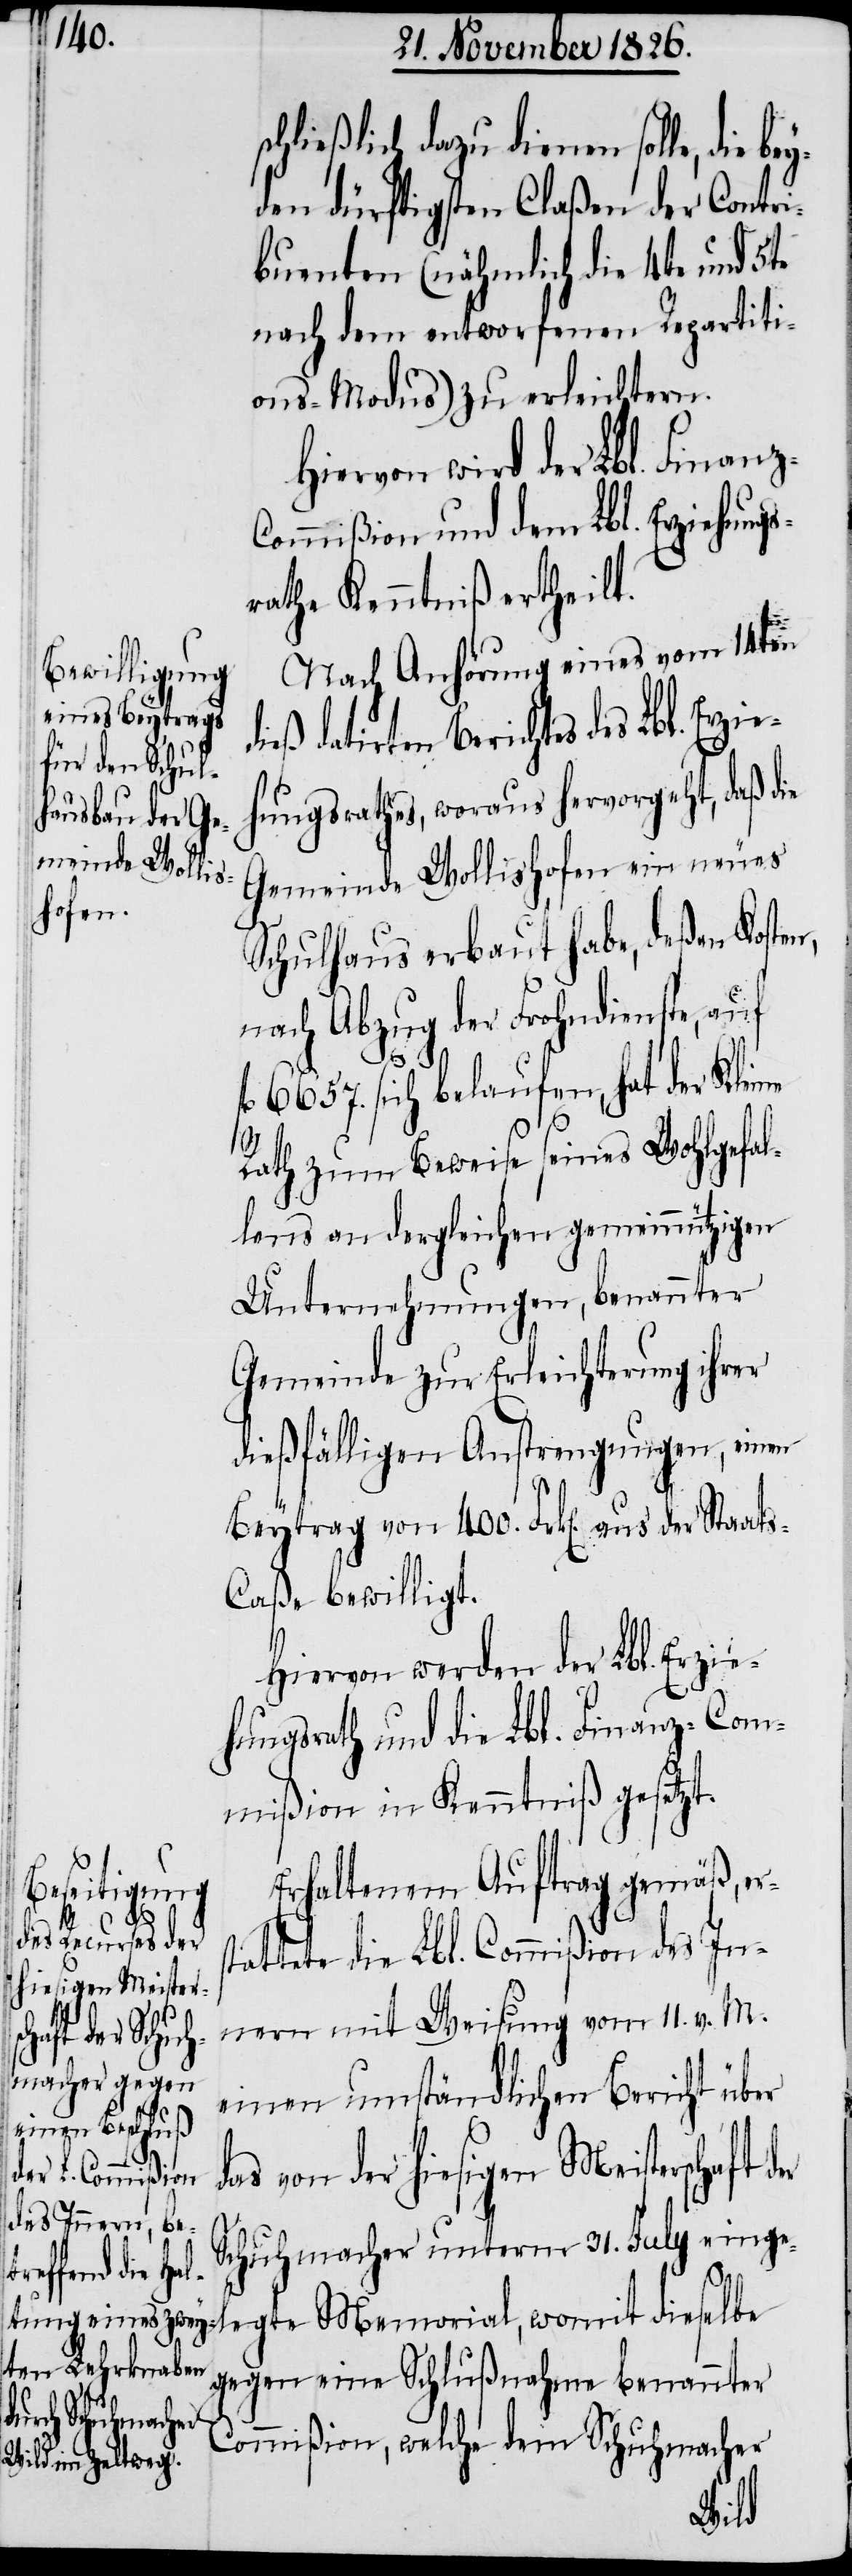
d¬

schließlich dazu dienen solle, die
den dürftigsten Claßen der Contri¬
buenten (nähmlich die 4te und 5te
nach dem entworfenen Repartiti¬
ons-Modus) zu erleichtern.
Hiervon wird der Lbl. Finan¬
ommißion und dem Lbl. Erziehungs¬
rathe Kenntniß ertheilt.
Nach Anhörung eines vom 14ten
datirten Berichtes des Lbl. Er¬
ungsrathes, woraus hervorgeht, daß die
Gemeinde Wollishofen ein neues
Schulhaus erbaut habe, deßen Koste¬
nach Abzug der Frohndienste, auf
6657. sich belaufen, hat der Kleine
Rath zum Beweise seines Wohlgefal¬
lens an dergleichen gemeinnützigen
Unternehmungen, benannter
Gemeinde zur Erleichterung ihrer
dießfälligen Anstrengungen, einen
Beytrag von 400. Frk[en]. aus der Staat¬
s-Caße bewilligt.
Hiervon werden der Lbl. Erzie¬
hungsrath und die Lbl. Finanz-Com¬
mißion in Kenntniß gesetzt.
Erhaltenem Auftrag gemäß, e¬
tattete die Lbl. Commißion des In¬
nern mit Weisung vom 11. v. M.
einen umständlichen Bericht über
as von der hiesigen Meisterschaft
Schuhmacher unterm 31. July einge¬
legte Memorial, womit dieselbe
gegen eine Schlußnahme benannter
Commißion, welche dem Schuhmacher
zieh¬